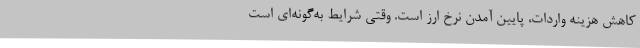
کاهش هزینه واردات، پایین آمدن نرخ ارز است. وقتی شرایط به‌گونه‌ای است